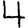
Digit: 4